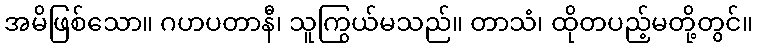
အမိဖြစ်သော။ ဂဟပတာနီ၊ သူကြွယ်မသည်။ တာသံ၊ ထိုတပည့်မတို့တွင်။